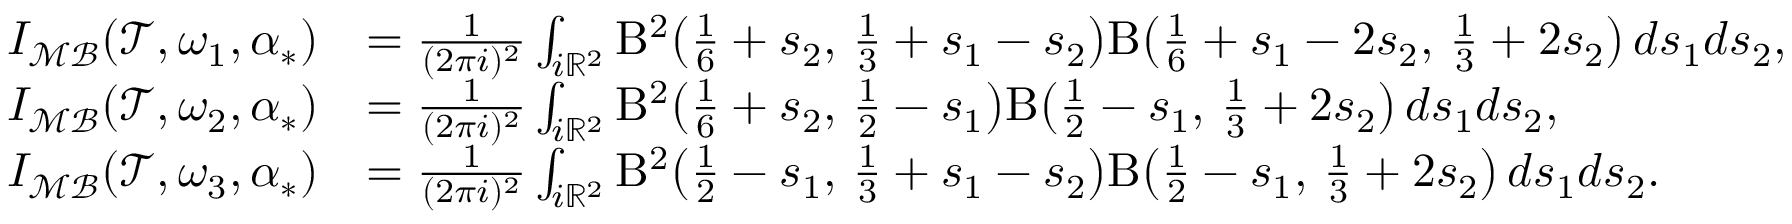
\begin{array} { r l } { I _ { \mathcal { M B } } ( \mathcal { T } , \omega _ { 1 } , \alpha _ { * } ) } & { = \frac { 1 } { ( 2 \pi i ) ^ { 2 } } \int _ { i \mathbb { R } ^ { 2 } } \mathrm { B } ^ { 2 } \bigl ( \frac 1 6 + s _ { 2 } , \, \frac 1 3 + s _ { 1 } - s _ { 2 } \bigr ) \mathrm { B } \bigl ( \frac 1 6 + s _ { 1 } - 2 s _ { 2 } , \, \frac 1 3 + 2 s _ { 2 } \bigr ) \, d s _ { 1 } d s _ { 2 } , } \\ { I _ { \mathcal { M B } } ( \mathcal { T } , \omega _ { 2 } , \alpha _ { * } ) } & { = \frac { 1 } { ( 2 \pi i ) ^ { 2 } } \int _ { i \mathbb { R } ^ { 2 } } \mathrm { B } ^ { 2 } \bigl ( \frac 1 6 + s _ { 2 } , \, \frac 1 2 - s _ { 1 } \bigr ) \mathrm { B } \bigl ( \frac 1 2 - s _ { 1 } , \, \frac 1 3 + 2 s _ { 2 } \bigr ) \, d s _ { 1 } d s _ { 2 } , } \\ { I _ { \mathcal { M B } } ( \mathcal { T } , \omega _ { 3 } , \alpha _ { * } ) } & { = \frac { 1 } { ( 2 \pi i ) ^ { 2 } } \int _ { i \mathbb { R } ^ { 2 } } \mathrm { B } ^ { 2 } \bigl ( \frac 1 2 - s _ { 1 } , \, \frac 1 3 + s _ { 1 } - s _ { 2 } \bigr ) \mathrm { B } \bigl ( \frac 1 2 - s _ { 1 } , \, \frac 1 3 + 2 s _ { 2 } \bigr ) \, d s _ { 1 } d s _ { 2 } . } \end{array}